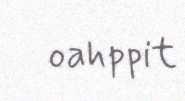
oahppit